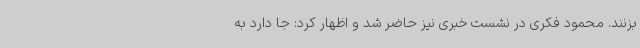
بزنند. محمود فکری در نشست خبری نیز حاضر شد و اظهار کرد: جا دارد به